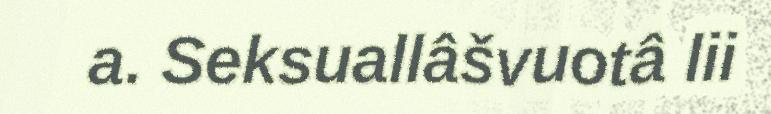
a. Seksuallâšvuotâ lii